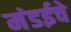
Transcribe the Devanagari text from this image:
मंडईचे